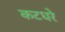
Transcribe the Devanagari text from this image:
कटधरे